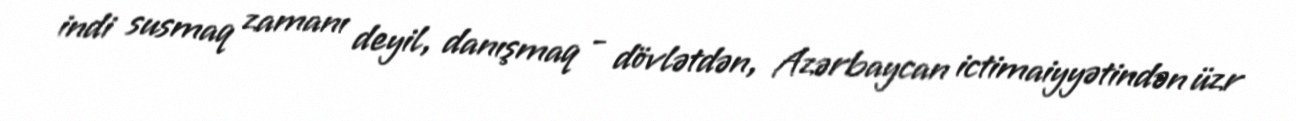
indi susmaq zamanı deyil, danışmaq - dövlətdən, Azərbaycan ictimaiyyətindən üzr